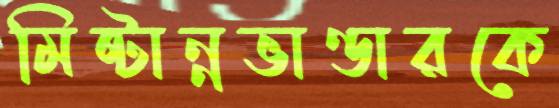
মিষ্টান্নভাণ্ডারকে